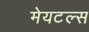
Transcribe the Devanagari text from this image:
मेयटल्स